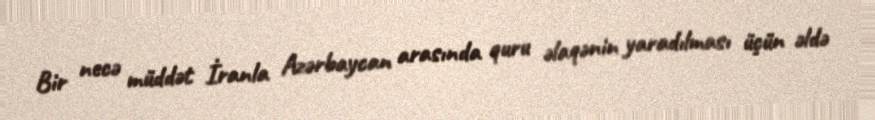
Bir necə müddət İranla Azərbaycan arasında quru əlaqənin yaradılması üçün əldə